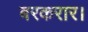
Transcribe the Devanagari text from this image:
बरकरार।